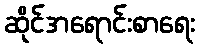
ဆိုင်အရောင်းစာရေး